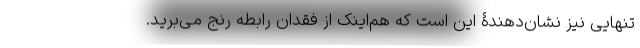
تنهایی نیز نشان‌دهندۀ این است که هم‌اینک از فقدان رابطه رنج می‌برید.